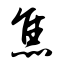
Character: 焦